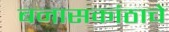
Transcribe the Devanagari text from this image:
बनासकांठाचे